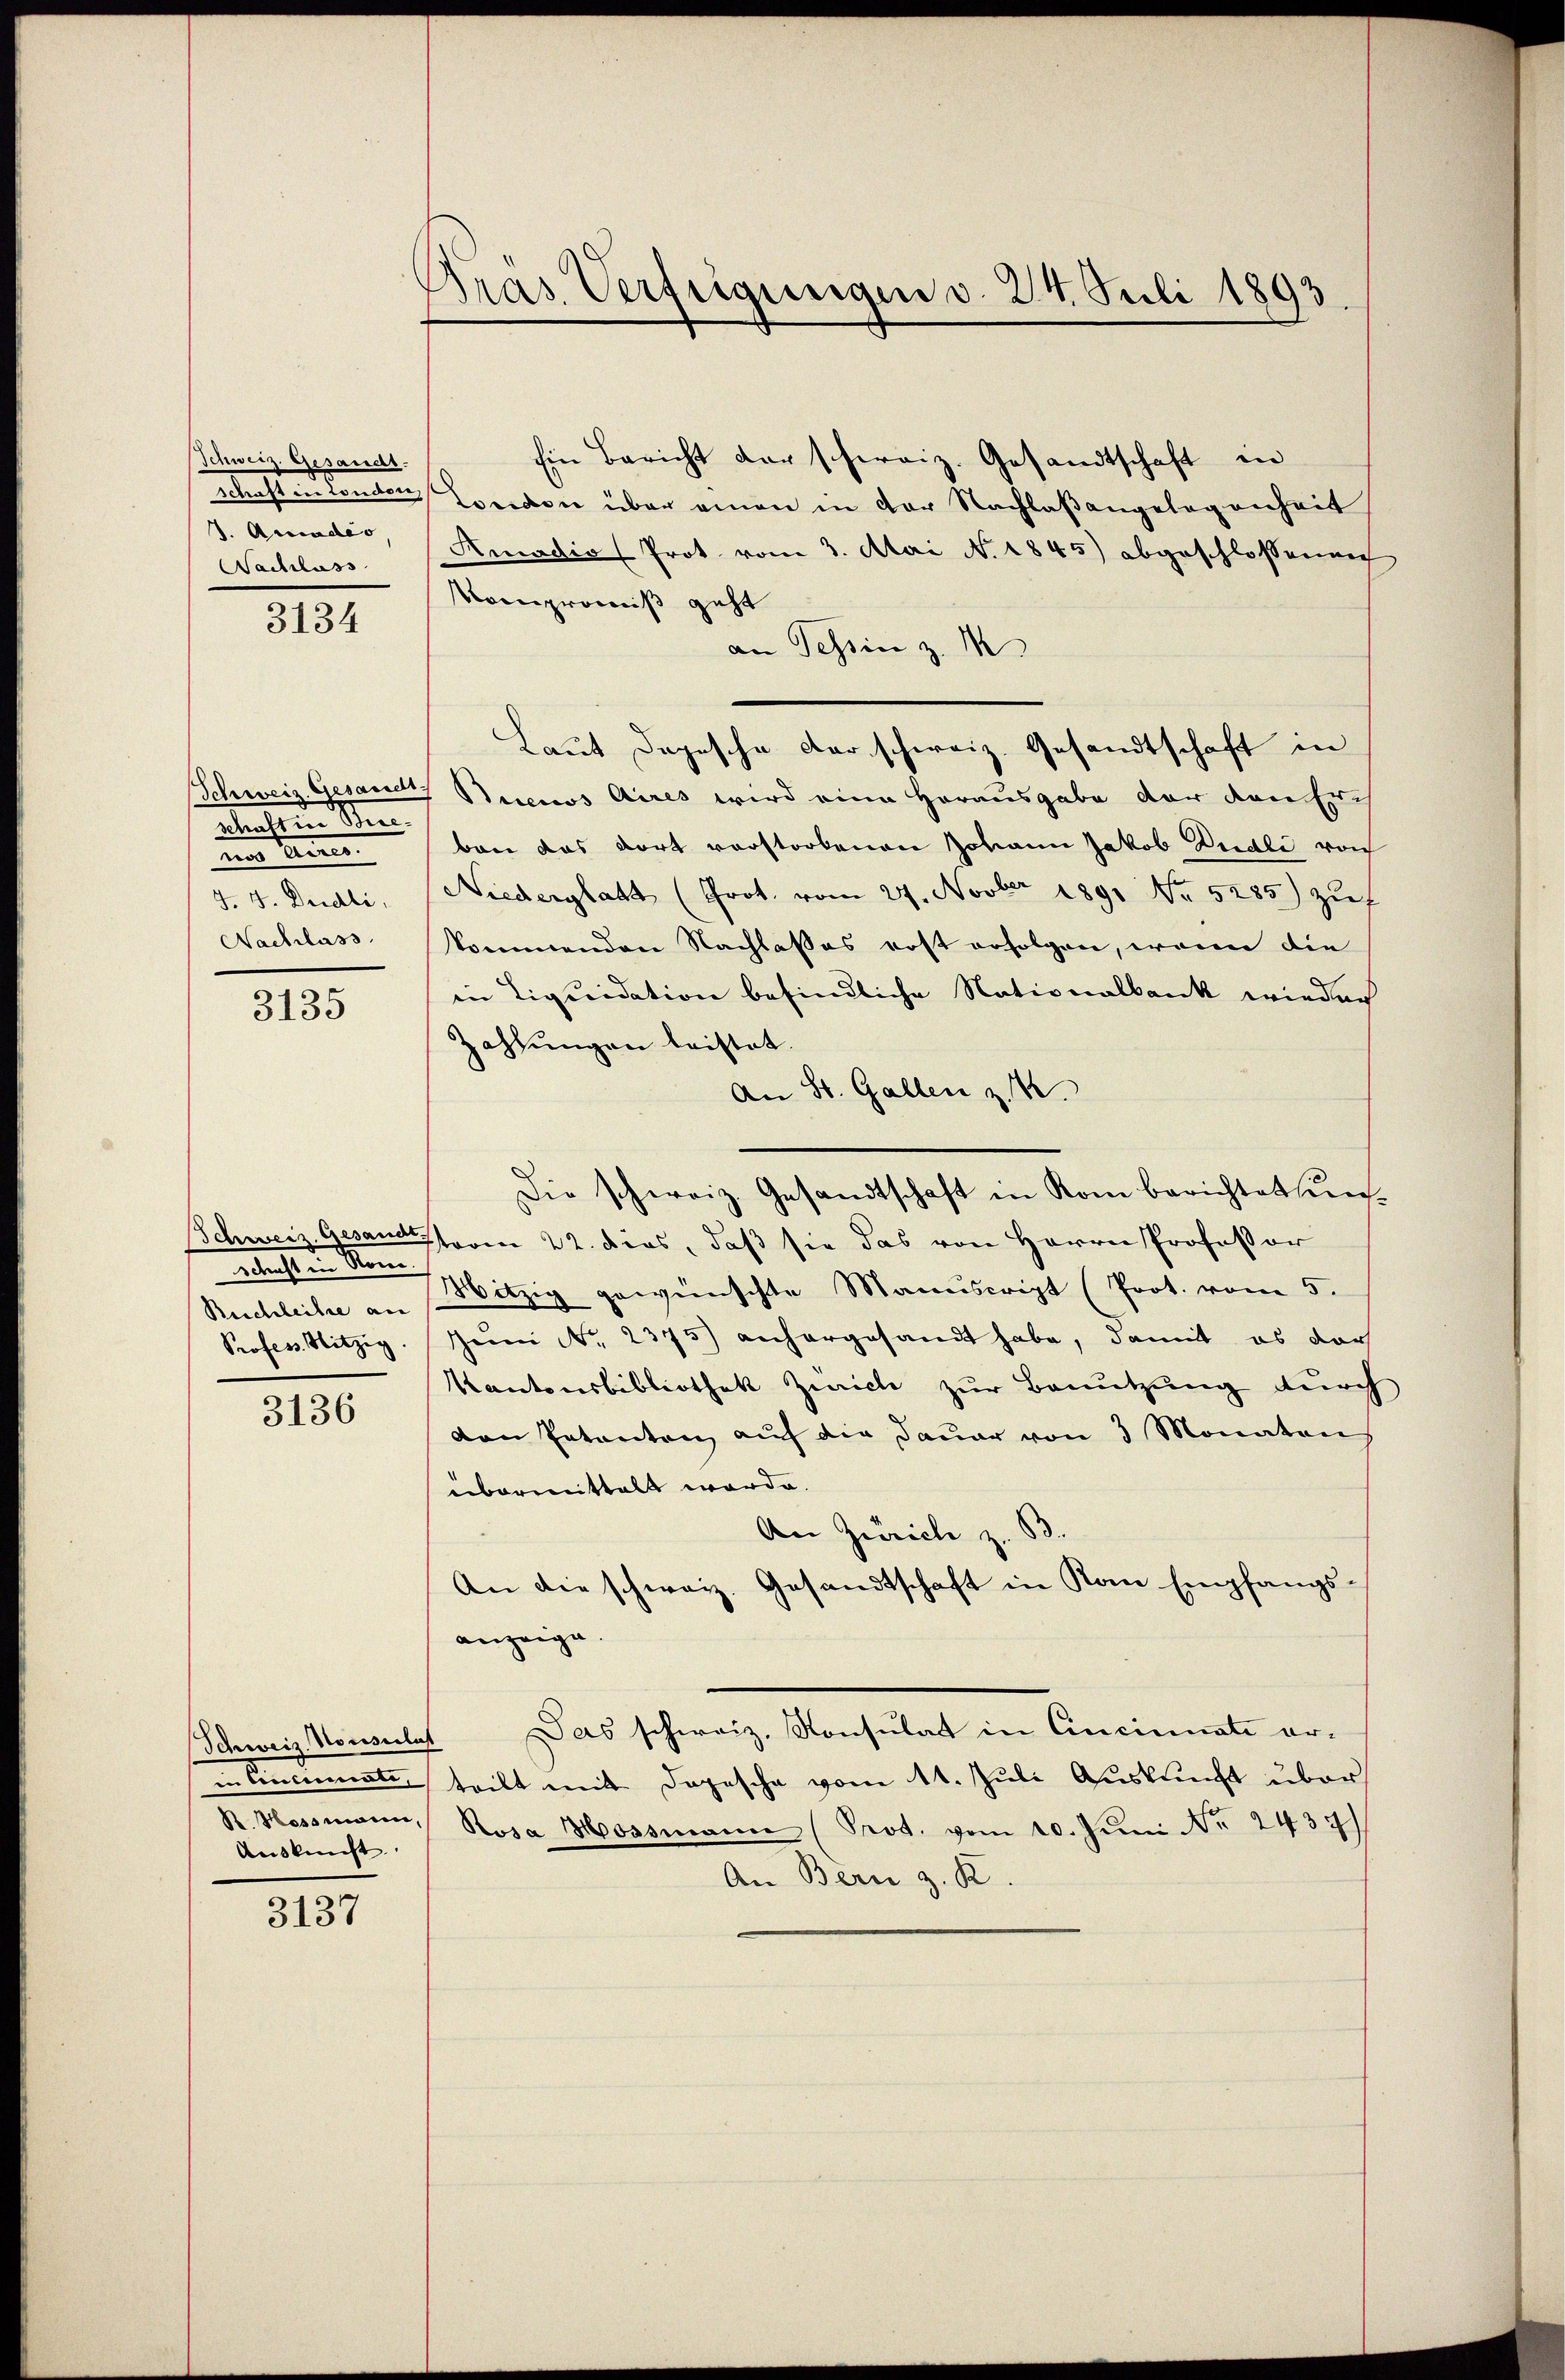
Schweiz. Gesandt.
geachten den ein
J. Amadis,
Nachlass

3134

Schweiz. Gesandt
Metalleine Me
unnen eine eine
J. J. Dudli
Nachlass

3135

Schweiz. Gesandt
Schaft in Rome

3136

in Concierten
R. Hassmann,
Auskunft.

3137

Gras Verfügungen d. 24. Juli 1893.

Ein Bericht der schweiz. Gesandtschaft in
Condon über einen in der Nachlaßangelegenheit
Amadio Prot. vom 3. Mai N. 1845) abgeschlossen auch
Nompromiß geht
an Tessin z. M
Laut Depesche der schweiz. Gesandtschaft in
Beccios Aires wird eine Herausgabe der den Er-
ban das dort verstorbenen Johann Jakob Dudli von
Niederglatt (Prot. vom 27. Novber 1891 No 5255) zŭf
kommenden Nachlasses rost erfolgen, wenn die
in Liquidation befindliche Nationalbank wieder
zahlungen leistet.
An St. Gallen z. B.
taren 22. dies, daß sie das von Herrn Professor
Reichleihe an Sitzig gewünschte Manuscript (Prot. vom 5.
Profess. Mitzig. Juni Nr. 2375) anhergesandt habe, damit es darf
Kantonsbibliothek Zürich zur Benutzung durch
den Petenten auf die Dauer von 3 Monatens
übermittelt werde.
An Zürich z. B.
An die schweiz. Gesandtschaft in Kan Empfangs-
anzeige
Schweiz. Konsulat Das schweiz. Konsulat in Cincinnate erteilt mit Depesche vom 11. Juli Auskunft über
Rosa Mossmann (Prot. vom 10. Juni Nr. 2437)
An Bern z. R.

Die schweiz. Gesandtschaft in Rom berichtet ein¬